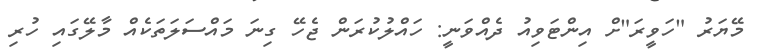
މޭޔަރު "ހަވީރަ"ށް އިންޓަވިއު ދެއްވަނީ: ހައްލުކުރަން ޖެހޭ ގިނަ މައްސަލަތަކެއް މާލޭގައި ހުރި